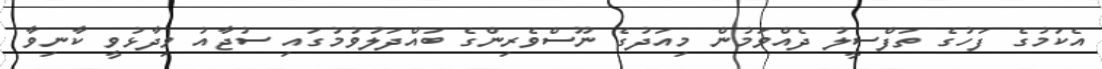
އެކަމުގެ ފަހުގެ ތަފްސީލު ދެއްވަމުން މިއަދުގެ ނޫސްވެރިންގެ ބައްދަލުވުމުގައި ސުޖާއު ވިދާޅުވީ ކާނިވާ